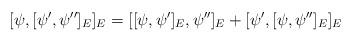
LaTeX: \begin{align*} [\psi,[\psi',\psi'']_{E}]_{E} = [[\psi,\psi']_{E},\psi'']_{E} + [\psi',[\psi,\psi'']_{E}]_{E}\end{align*}